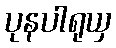
ပုနပါရုယှ